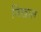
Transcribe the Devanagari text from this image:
मिखाल